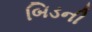
બિડની